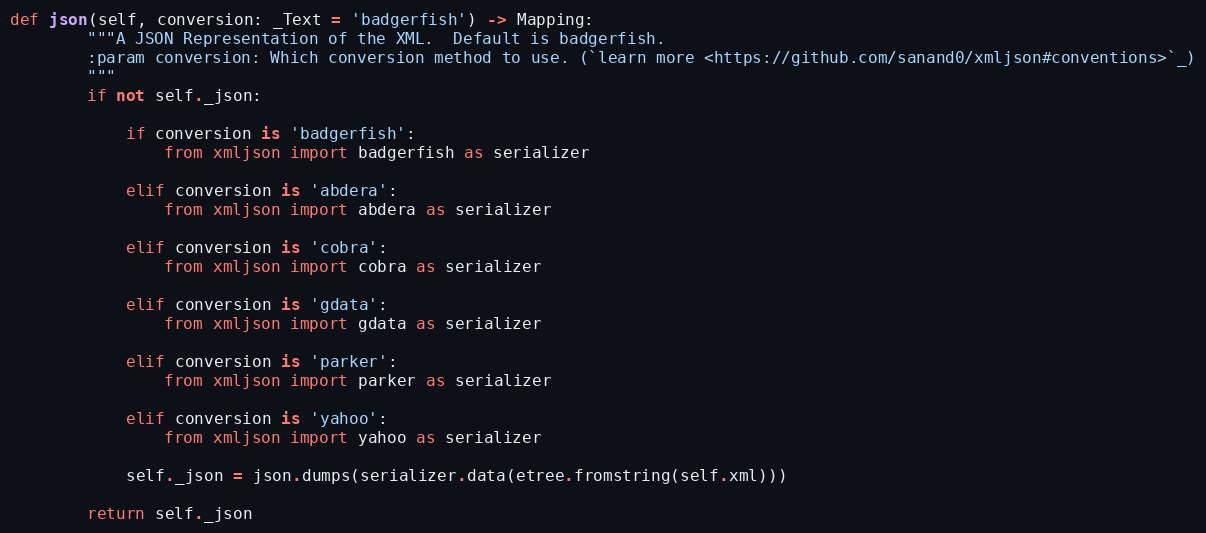
Language: Python
def json(self, conversion: _Text = 'badgerfish') -> Mapping:
        """A JSON Representation of the XML.  Default is badgerfish.
        :param conversion: Which conversion method to use. (`learn more <https://github.com/sanand0/xmljson#conventions>`_)
        """
        if not self._json:

            if conversion is 'badgerfish':
                from xmljson import badgerfish as serializer

            elif conversion is 'abdera':
                from xmljson import abdera as serializer

            elif conversion is 'cobra':
                from xmljson import cobra as serializer

            elif conversion is 'gdata':
                from xmljson import gdata as serializer

            elif conversion is 'parker':
                from xmljson import parker as serializer

            elif conversion is 'yahoo':
                from xmljson import yahoo as serializer

            self._json = json.dumps(serializer.data(etree.fromstring(self.xml)))

        return self._json